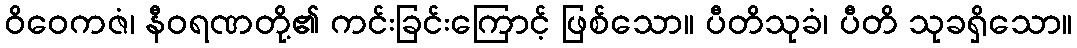
ဝိဝေကဇံ၊ နီဝရဏတို့၏ ကင်းခြင်းကြောင့် ဖြစ်သော။ ပီတိသုခံ၊ ပီတိ သုခရှိသော။